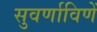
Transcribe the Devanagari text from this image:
सुवर्णाविणें